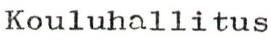
Kouluhallitus